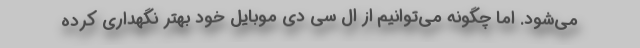
می‌شود. اما چگونه می‌توانیم از ال سی دی موبایل خود بهتر نگهداری کرده